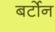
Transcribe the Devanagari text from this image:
बर्टोन